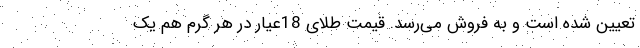
تعیین شده است و به فروش می‌رسد. قیمت طلای 18عیار در هر گرم هم یک